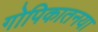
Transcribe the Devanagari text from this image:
गोपिकातनया